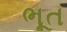
ભૂત